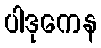
ပါဒုကေန